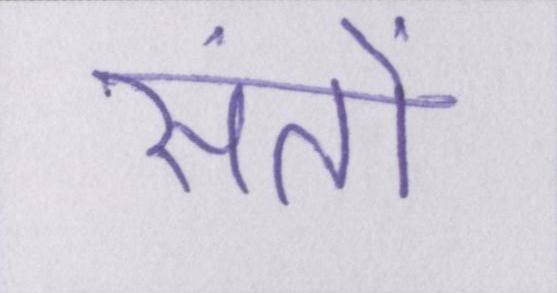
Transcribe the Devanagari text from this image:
संतों